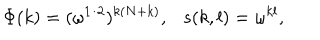
\Phi ( k ) = ( \omega ^ { 1 / 2 } ) ^ { k ( N + k ) } , s ( k , l ) = \omega ^ { k l } ,